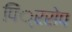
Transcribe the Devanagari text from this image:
पिं्रसेप